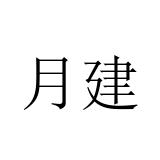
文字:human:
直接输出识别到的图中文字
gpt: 月建